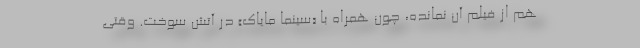
هم از فیلم آن نمانده، چون همراه با «سینما مایاک» در آتش سوخت. وقتی